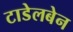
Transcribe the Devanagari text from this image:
टाडेलबेन